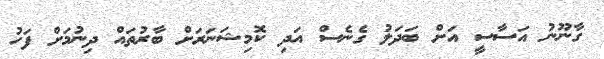
ގާނޫނު އަސާސީ އަށް ބަދަލު ގެނެސް އަދި ކޮމިޝަނަރަށް ބާރުތައް ދިނުމަށް ފަހު